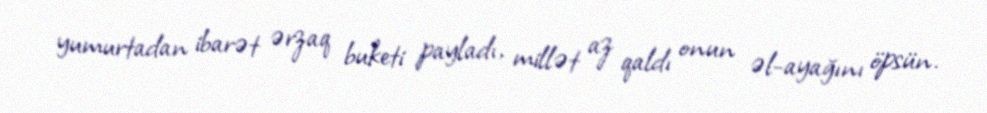
yumurtadan ibarət ərzaq buketi payladı, millət az qaldı onun əl-ayağını öpsün.